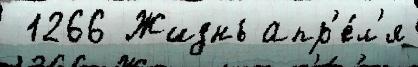
 1266 Жизнь апр'е́л'я